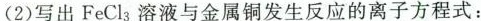
(2)写出FeCl_{3}溶液与金属铜发生反应的离子方程式：